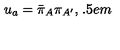
u _ { a } = \bar { \pi } _ { A } \pi _ { A ^ { \prime } } , \hspace { 1 . 5 e m }